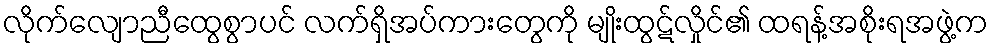
လိုက်လျောညီထွေစွာပင် လက်ရှိအပ်ကားတွေကို မျိုးထွဋ်လှိုင်၏ ထရန့်အစိုးရအဖွဲ့က